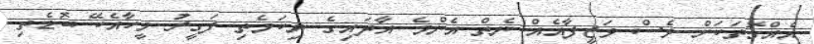
އެއްގޮތަކަށް ވެސް ވަޒީފާއެއް ނެތް އެންމެ އާދައިގެ ނިކަމެތި ފަގީރު މީހާއެކޭ ބޮޑެތި